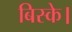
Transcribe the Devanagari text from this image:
बिस्के।